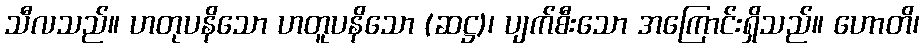
သီလသည်။ ဟတုပနိသော ဟတူပနိသော (ဆဋ္ဌ)၊ ပျက်စီးသော အကြောင်းရှိသည်။ ဟောတိ၊